Indian journal of veterinary science and animal husbandry - Volume 5,
Year: 1935
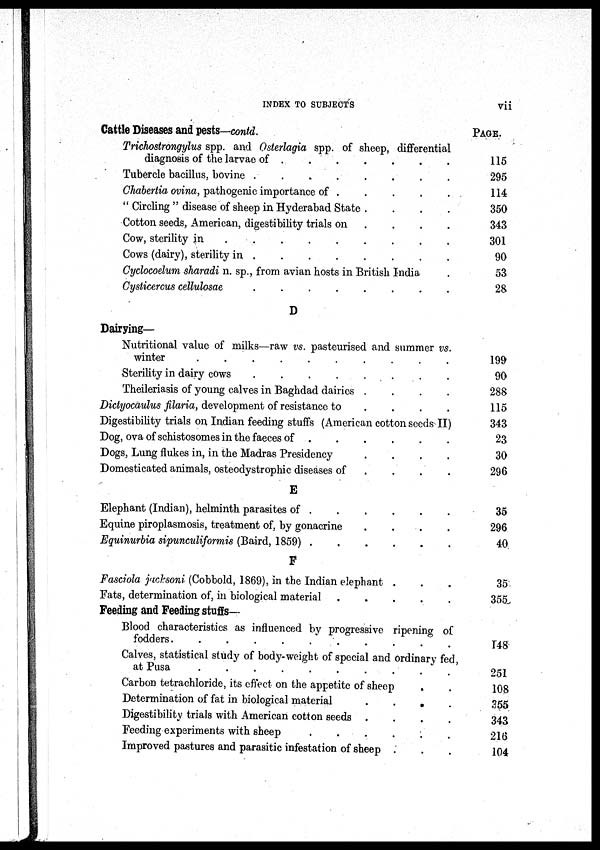
INDEX TO SUBJECTS
vii
Cattle Diseases and pests—contd.
Trichostrongylus spp. and Osterlagia spp. of sheep, differential
diagnosis of the larvae of . . . . . . . . .
Tubercle bacillus, bovine . . . . . . . . .
Chabertia ovina, pathogenic importance of . . . . . .
" Circling " disease of sheep in Hyderabad State .
.
.
.
Cotton seeds, American, digestibility trials on . . . .
Cow, sterility in . . . . . . . . . .
Cows (dairy), sterility in . . . . . . . . .
Cyclocoelum sharadi n. sp., from avian hosts in British India .
Cysticercus cellulosae . . . . . . . . .
D
Dairying—
Nutritional value of milks—raw vs. pasteurised and summer vs.
winter . . . . . . . . .
Sterility in dairy cows . . . . . . . . .
Theileriasis of young calves in Baghdad dairies . . . . . . . . .
Dictyocaulus filaria, development of resistance to . . . . . . . . .
Digestibility trials on Indian feeding stuffs (American cotton seeds II)
Dog, ova of schistosomes in the faeces of . . . . . . . . .
Dogs, Lung flukes in, in the Madras Presidency . . . .
Domesticated animals, osteodystrophic diseases of . . . .
E
Elephant (Indian), helminth parasites of . . . . . .
Equine piroplasmosis, treatment of, by gonacrine . . . . .
Eguinurbia sipunculiformis (Baird, 1859) . . . . . .
F
Fasciola jacksoni (Cobbold, 1869), in the Indian elephant . . .
Fats, determination of, in biological material . . . . .
Feeding and Feeding stuffs—
Blood characteristics as influenced by progressive ripening of
fodders. . . . . . . . . .
Calves, statistical study of body-weight of special and ordinary fed,
at Pusa . . . . . . . . .
Carbon tetrachloride, its effect on the appetite of sheep . .
Determination of fat in biological material . . . .
Digestibility trials with American cotton seeds . . . . . . . . .
Feeding experiments with sheep . . . . . . . . .
Improved pastures and parasitic infestation of sheep . . .
PAGE.
115
295
114
350
343
301
90
53
28
199
90
288
115
343
23
30
296
35
296
40
35
355
148
251
108
355
343
216
104